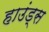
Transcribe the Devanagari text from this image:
हाउंड्स